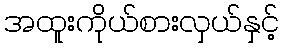
အထူးကိုယ်စားလှယ်နှင့်